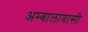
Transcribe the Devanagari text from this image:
अम्बालावासी